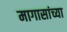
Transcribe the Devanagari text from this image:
मागासांच्या